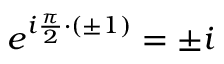
e ^ { i \frac { \pi } { 2 } \cdot ( \pm 1 ) } = \pm i